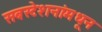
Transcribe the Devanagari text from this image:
सबस्टेशनांमधून